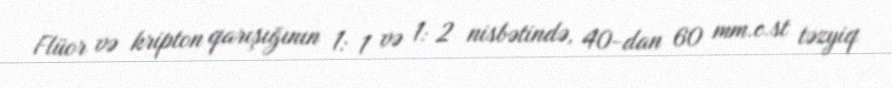
Flüor və kripton qarışığının 1: 1 və 1: 2 nisbətində, 40-dan 60 mm.c.st təzyiq